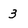
Character: 3